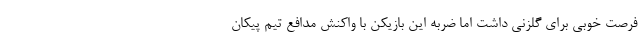
فرصت خوبی برای گلزنی داشت اما ضربه این بازیکن با واکنش مدافع تیم پیکان